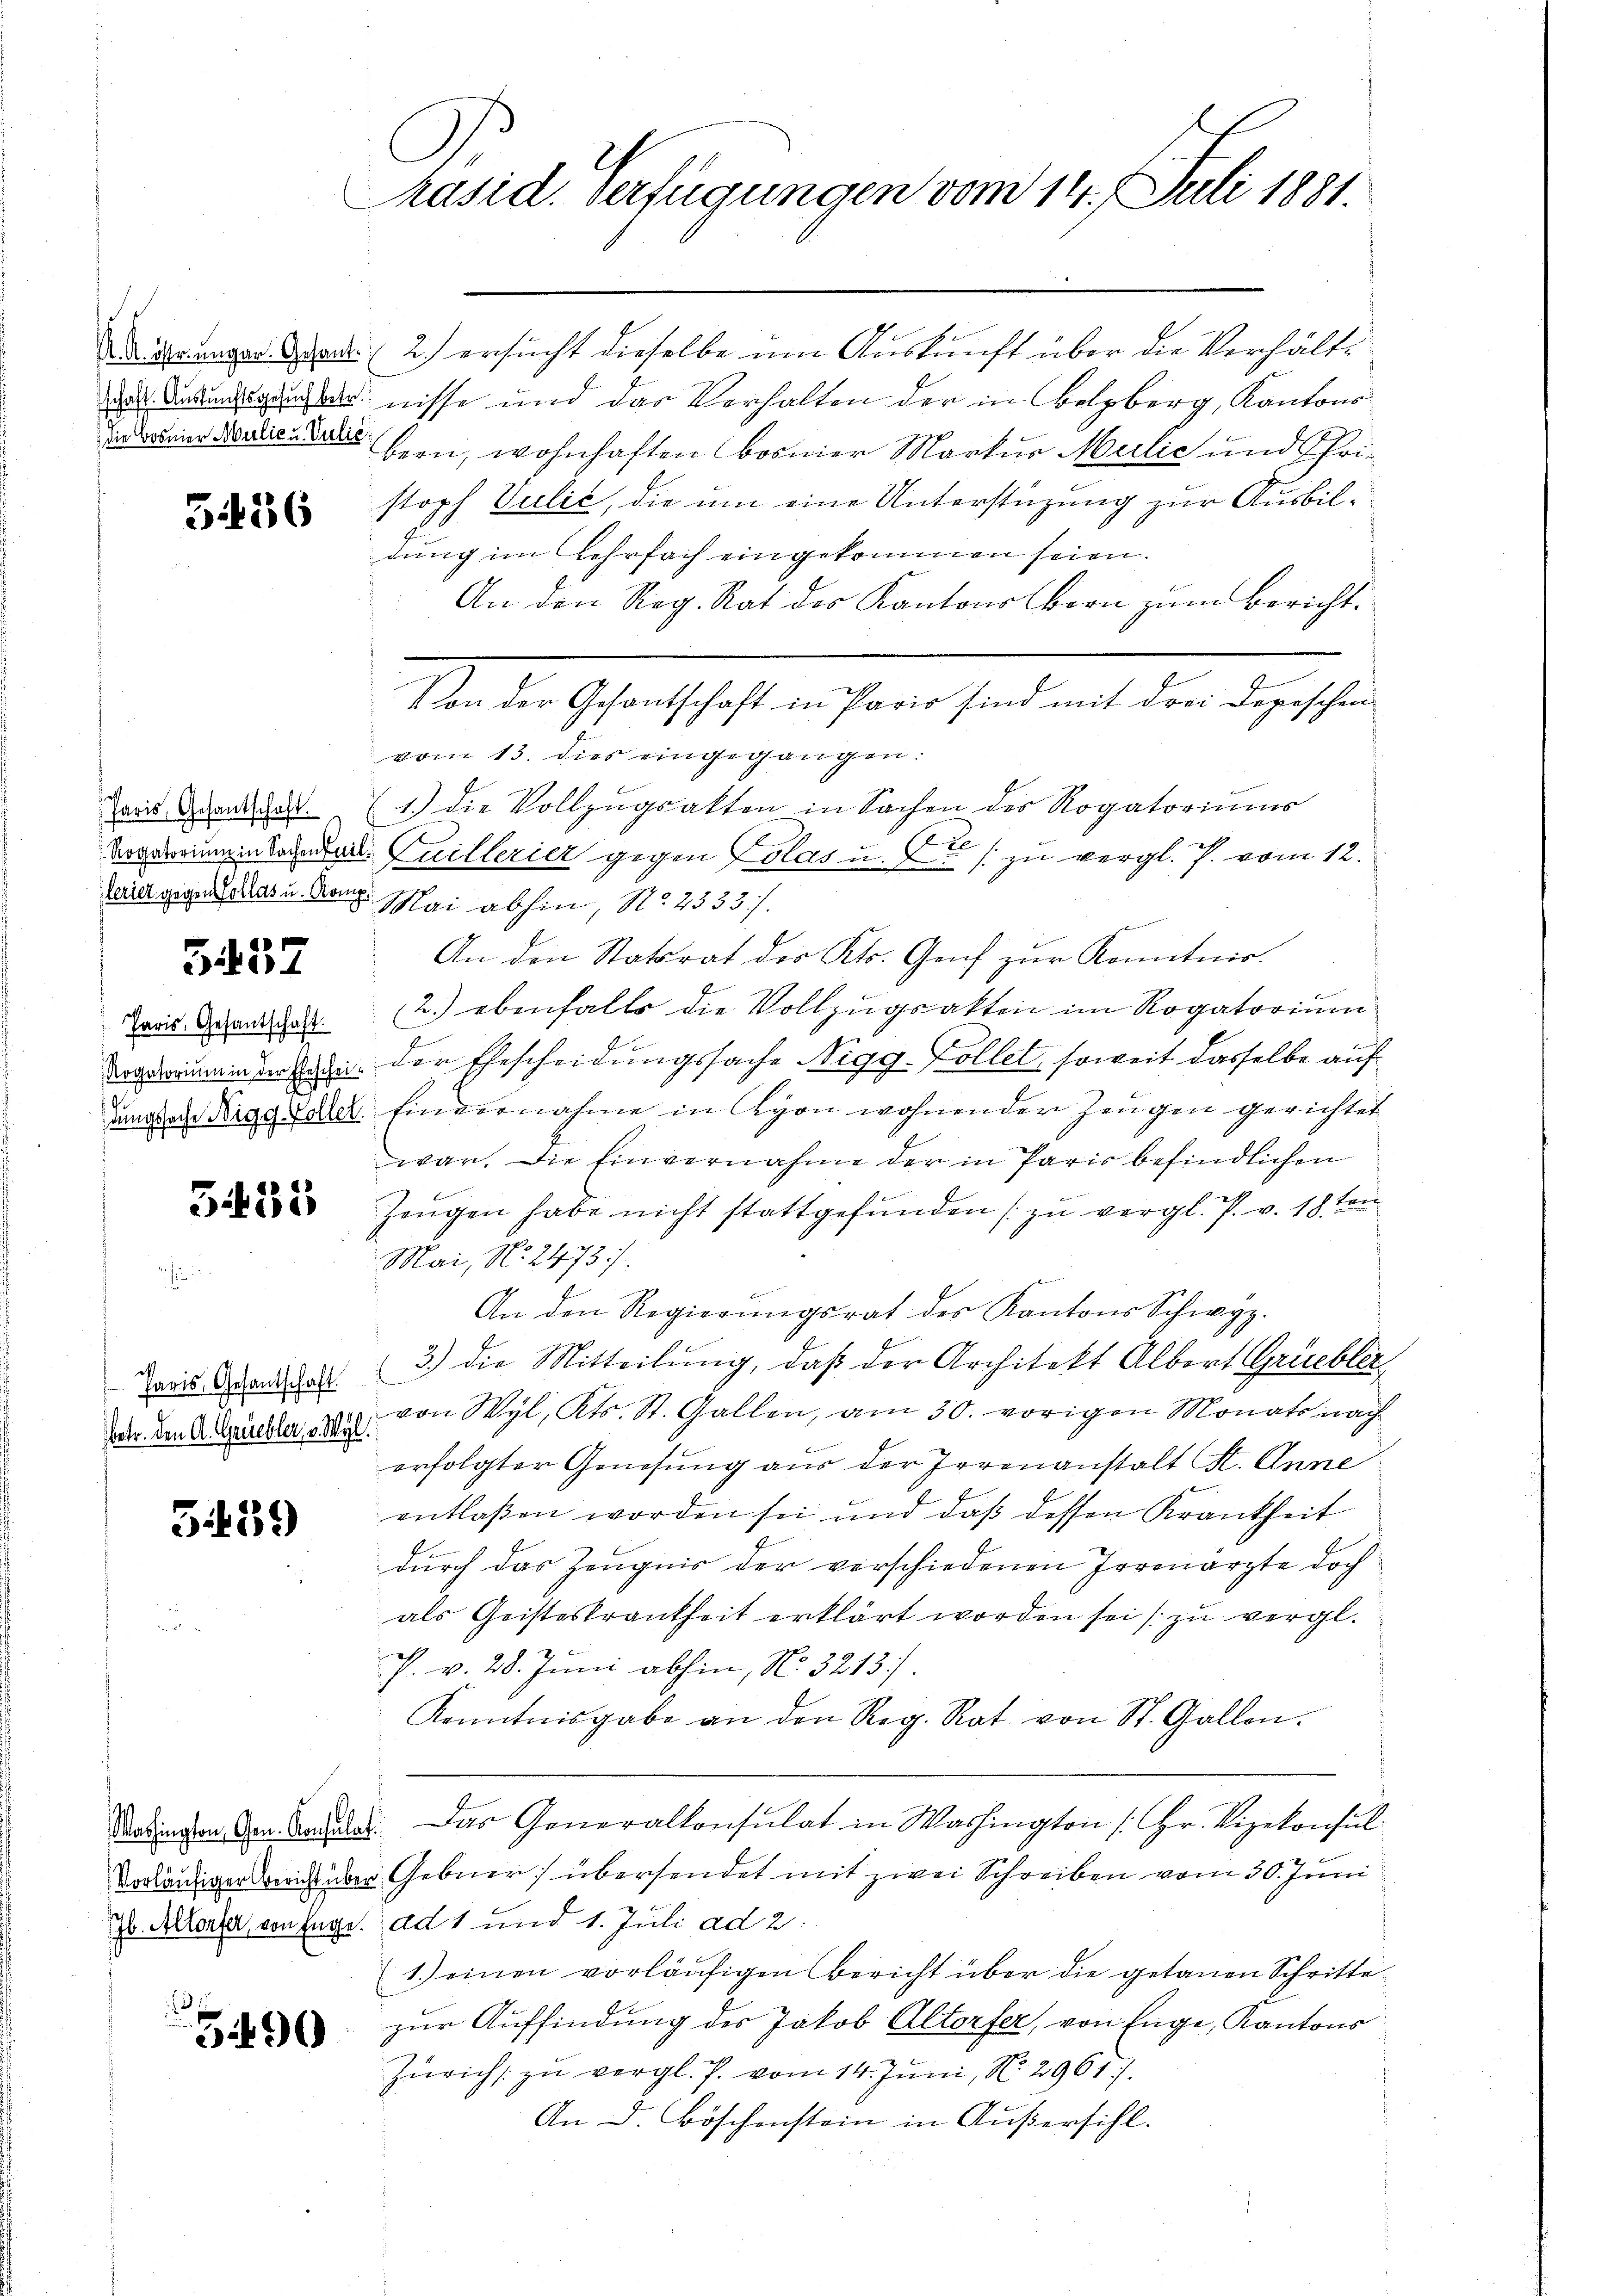
5436

Paris, Gesantschaft.

5457

Paris, Gesantschaft.

3433

Paris, Gesantschaft.
Petr. den A. Grüebler, v. Wyl.

5439

90

C
Präsid. Verfügungen vom 14. Juli 1881.

Da der ungen dort. 2) ersucht dieselbe um Auskunft über die Verhältdes Baumgarnisse und das Verhalten der in Belzberg, Kantons
drei Medical fern, wohnhaften bosner Markur Milić und Christoph Sulić, die um eine Unterstüzung zur Ausbildung im Lehrfach eingekommen seien.
An den Reg. Rat des Kantons Born zum Bericht.
Weiten Gasthaft aus er sind mit den Tage sein
vom 13. dies eingegangen.
(1.) die Vollzŭgsakten in Sachen des Rogatoriums
Torsorinnendener. Cuillerier gegen Kolas u. 2 / zu vergl. P. vom 12.
faict gegen allas u. Kong. Mai abhin, No 2533./.
An den Statsrat des Kts. Genf zŭr Kenntnis.
2.) ebenfalls die Vollzugsakten im Rogatorium
Vordammander habe der Ehescheidungssache Nigg-Kollet, soweit dasselbe auf
dungen Digg der Einvernahme in Lyon wohnender Zeugen gerichtet
war. Die Einvernahme der in Paris befindlichen
Zeugen habe nicht stattgefŭnden zŭ vergl. P. v. 18. den
Mai, No. 2473).
An den Regierŭngsrat des Kantons Schwyz.
3.) Die Mitteilung, daß der Architekt Albort Grüebler,
von Wyl, Kts. St. Gallen, am 30. vorigen Monats nach
erfolgter Genesung aus der Irrenanstalt St. Anne
entlaßen worden sei und daß dessen Krankheit
durch das Zeugnis der verschiedenen Irrenärzte doch
als Geisteskrankheit erklärt worden sei zu vergl.
a
h. v. 28. Juni abhin, No. 3213).
Kenntnisgabe an den Reg. Rat von St. Gallen.
Redingen den Balle. Das Generalkonsulat in Washington [Hr. Vizekonsul
Vorläufiger wicht über Gebner) übersendet mit zwei Schreiben vom 30. Juni
Jb. Allonser, von Enge. ad 1 und 1. Juli ad 2.
1.) einen vorläufigen Bericht über die getanen Schrittezur Auffindung des Jakob Altorfer, von Enge, Kantons
Zürichs zu vergl. P. vom 14. Juni, N. 2961).
An D. Böschenstein in Außersihl.